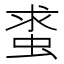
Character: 𧋛